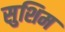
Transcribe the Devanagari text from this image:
सुशिम